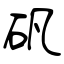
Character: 矾